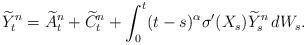
LaTeX: \begin{align*} \widetilde{Y}^n_t =\widetilde{A}^n_t + \widetilde{C}^n_t +\int_0^t(t-s)^{\alpha}\sigma'(X_s)\widetilde{Y}^n_s\,dW_s. \end{align*}